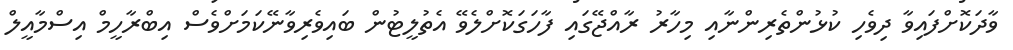
ވާދަކޮށްފައިވާ ދިވެހި ކުޅުންތެރިންނާއި މިހާރު ރާއްޖޭގައި ފާހަގަކޮށްލެވޭ އެތުލީޓުން ބައިވެރިވާނޭކަމަށްވެސް އިބްރާހީމް އިސްމާއީލް